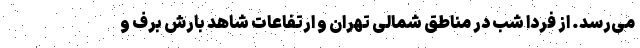
می‌رسد. از فردا شب در مناطق شمالی تهران و ارتفاعات شاهد بارش برف و